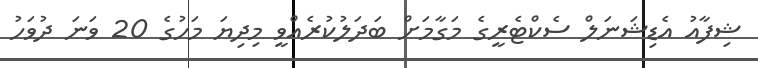
ޝިފާއު އެޑިޝަނަލް ސެކްޓެރީގެ މަގާމަށް ބަދަލުކުރެއްވީ މިދިޔަ މަހުގެ 20 ވަނަ ދުވަހު